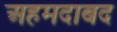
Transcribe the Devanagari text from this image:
अहमदाबद